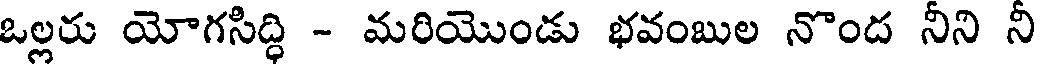
ఒల్లరు యోగసిద్ధి - మరియొండు భవంబుల నొంద నిని ని